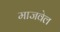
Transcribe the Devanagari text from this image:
माजवेल